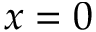
x = 0